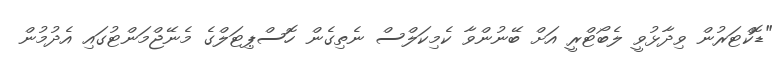
"ޑޮކްޓަރުން ވިދާޅުވީ ލެބޯޓްރީ އަށް ބޭނުންވާ ކެމިކަލްސް ނެތިގެން ހޮސްޕިޓަލްގެ މެނޭޖްމަންޓުގައި އެދުމުން